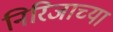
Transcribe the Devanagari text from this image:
निरिजाच्या